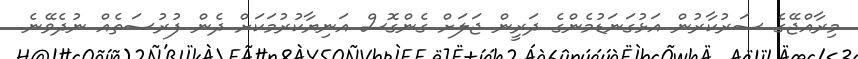
މިރާއްޖޭގެ ސަރުކާރުން އަޅުގަނަޑުމެންގެ ދަރީން ޖަލަށް ގެންގޮސް އަނިޔާކުރުމަަކަށް ދެން ފުރުސަތެއް ނުދެވޭނެ.